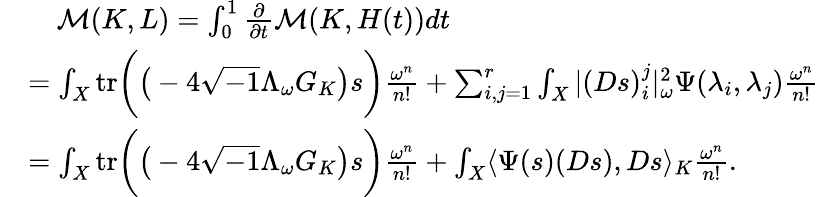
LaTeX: \begin{array}{rl}&{\quad\mathcal{M}(K,L)=\int_{0}^{1}\frac{\partial}{\partial t}\mathcal{M}(K,H(t))dt}\\ &{=\int_{X}\mathrm{tr}\bigg(\big(-4\sqrt{-1}\Lambda_{\omega}G_{K}\big)s\bigg)\frac{\omega^{n}}{n!}+\sum_{i,j=1}^{r}\int_{X}|(Ds)_{i}^{j}|_{\omega}^{2}\Psi(\lambda_{i},\lambda_{j})\frac{\omega^{n}}{n!}}\\ &{=\int_{X}\mathrm{tr}\bigg(\big(-4\sqrt{-1}\Lambda_{\omega}G_{K}\big)s\bigg)\frac{\omega^{n}}{n!}+\int_{X}\langle\Psi(s)(Ds),Ds\rangle_{K}\frac{\omega^{n}}{n!}.}\end{array}